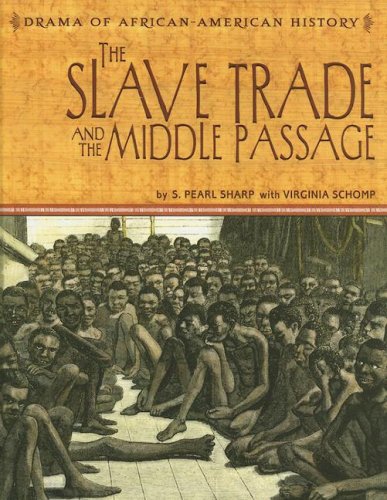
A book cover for The Slave Trade and the Middle Passage (Drama of African-American History); S. Pearl Sharp; Children's Books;